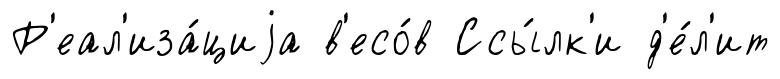
Р'еал'иза́циjа в'есо́в Ссы́лк'и д'е́л'ит